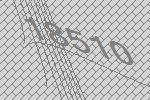
18510